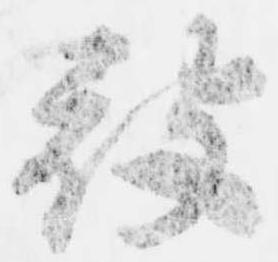
被